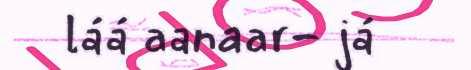
láá aanaar- já